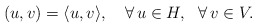
\begin{align*}(u,v)=\langle u,v\rangle,\ \ \ \forall\,u\in H,\ \ \forall\,v\in V.\end{align*}